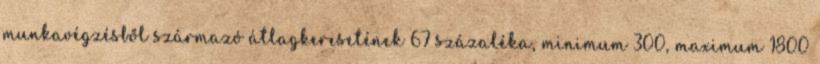
munkavégzésből származó átlagkeresetének 67 százaléka, minimum 300, maximum 1800